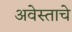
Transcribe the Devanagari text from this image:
अवेस्ताचे